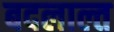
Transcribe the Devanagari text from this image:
बदलाल्त